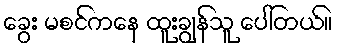
ခွေး မစင်ကနေ ထူးချွန်သူ ပေါ်တယ်။